Annual report of the Punjab Veterinary College and of the Civil Veterinary Department, Punjab - 1926-1932
Year: 1926
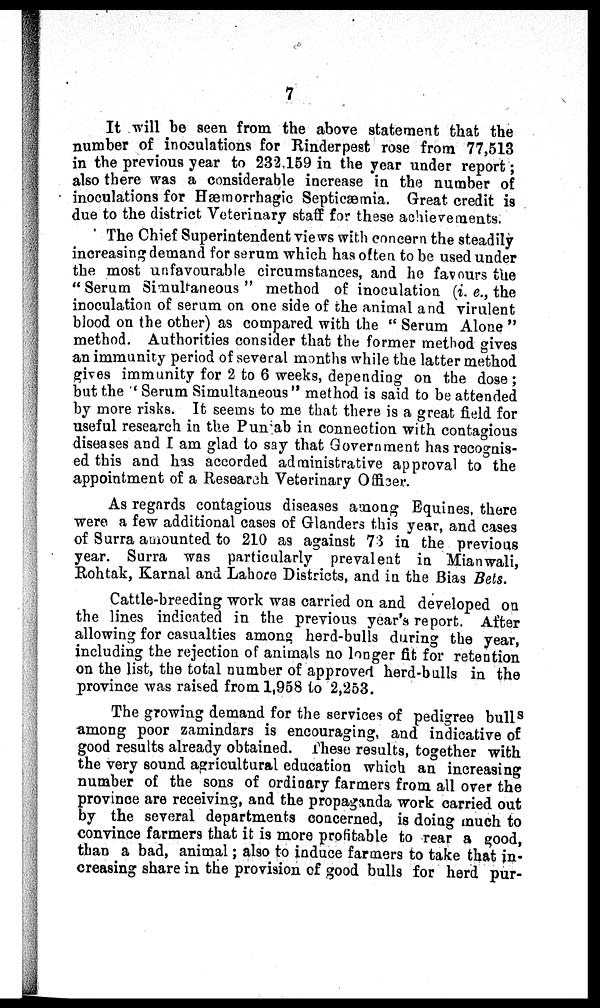
7
It will be seen from the above statement that the
number of inoculations for Rinderpest rose from 77,513
in the previous year to 232,159 in the year under report;
also there was a considerable increase in the number of
inoculations for Hæmorrhagic Septicæmia. Great credit is
due to the district Veterinary staff for these achievements.
The Chief Superintendent views with concern the steadily
increasing demand for serum which has often to be used under
the most unfavourable circumstances, and he favours the
"Serum Simultaneous" method of inoculation (i. e., the
inoculation of serum on one side of the animal and virulent
blood on the other) as compared with the "Serum Alone"
method. Authorities consider that the former method gives
an immunity period of several months while the latter method
gives immunity for 2 to 6 weeks, depending on the dose;
but the 'Serum Simultaneous" method is said to be attended
by more risks. It seems to me that there is a great field for
useful research in the Punjab in connection with contagious
diseases and I am glad to say that Government has recognis-
ed this and has accorded administrative approval to the
appointment of a Research Veterinary Officer.
As regards contagious diseases among Equines, there
were a few additional cases of Glanders this year, and cases
of Surra amounted to 210 as against 73 in the previous
year. Surra was particularly prevalent in Mianwali,
Rohtak, Karnal and Lahore Districts, and in the Bias Bets.
Cattle-breeding work was carried on and developed on
the lines indicated in the previous year's report. After
allowing for casualties among herd-bulls during the year,
including the rejection of animals no longer fit for retention
on the list, the total number of approved herd-bulls in the
province was raised from 1,958 to 2,253.
The growing demand for the services of pedigree bulls
among poor zamindars is encouraging, and indicative of
good results already obtained. These results, together with
the very sound agricultural education which an increasing
number of the sons of ordinary farmers from all over the
province are receiving, and the propaganda work carried out
by the several departments concerned, is doing much to
convince farmers that it is more profitable to rear a good,
than a bad, animal; also to induce farmers to take that in-
creasing share in the provision of good bulls for herd pur-